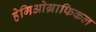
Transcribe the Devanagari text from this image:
हेगिओग्राफिकल